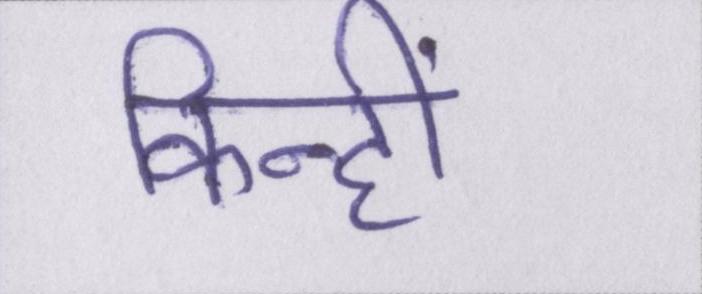
किन्हीं